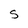
Character: S